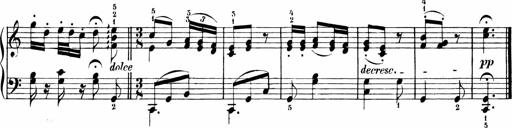
Title: Sonatinen Op.47, 98 und 136, nebst 6 Liedersonatinen
Composer: Carl Reinecke